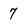
Character: 7